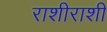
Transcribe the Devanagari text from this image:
राशीराशी